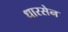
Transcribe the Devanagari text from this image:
धारसेन